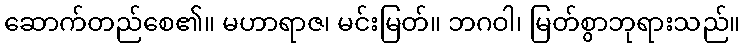
ဆောက်တည်စေ၏။ မဟာရာဇ၊ မင်းမြတ်။ ဘဂဝါ၊ မြတ်စွာဘုရားသည်။